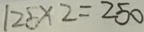
1 2 5 \times 2 = 2 5 0